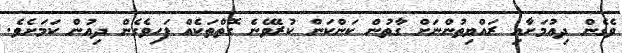
ވެގެން ދިއުމަށާއި ރައްޔިތުންނަށް ގާތުން ކަންކަން ކުރެވޭނެ ގޮތްތަކެއް ފަހިވެގެން ދިއުން ކަމަށެވެ.